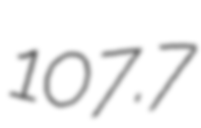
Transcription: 107.7